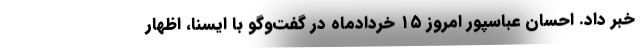
خبر داد. احسان عباسپور امروز ۱۵ خردادماه در گفت‌وگو با ایسنا، اظهار